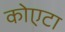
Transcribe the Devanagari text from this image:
कोएटा